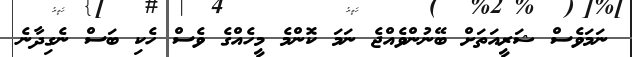
ނަމަވެސް ޝަރީއަތަށް ބޭނުންވެއްޖެ ނަމަ ކޮންމެ މީހެއްގެ ވެސް ހެކި ބަސް ނެގިދާނެ